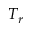
T _ { r }